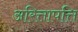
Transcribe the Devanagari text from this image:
अरित्तापत्ति